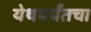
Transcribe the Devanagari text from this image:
येथपर्यंतचा